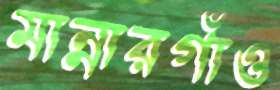
মান্নারগাঁও